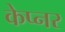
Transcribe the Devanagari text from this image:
केप्नर